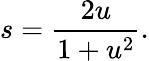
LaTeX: s={\frac{2u}{1+u^{2}}}.